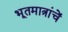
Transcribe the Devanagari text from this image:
भूतमात्रांचें